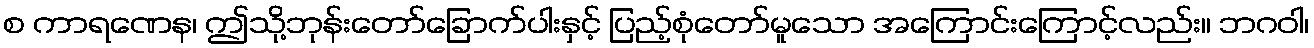
စ ကာရဏေန၊ ဤသို့ဘုန်းတော်ခြောက်ပါးနှင့် ပြည့်စုံတော်မူသော အကြောင်းကြောင့်လည်း။ ဘဂဝါ၊